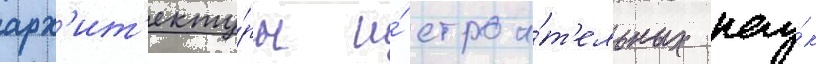
арх'ит'екту́ры и́ строи́т'ельных нау́к